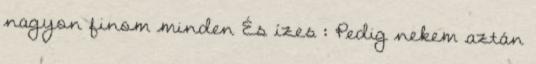
nagyon finom minden És ízes : Pedig nekem aztán